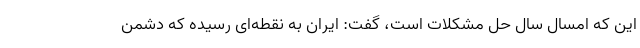
این که امسال سال حل مشکلات است، گفت: ایران به نقطه‌ای رسیده که دشمن